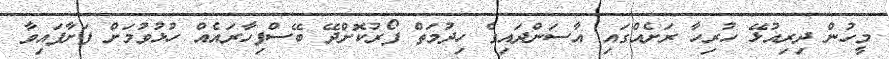
މީހުން ދިރިއުޅޭ ހުރިހާ ރަށެއްގައި އާސަންދައިގެ ހިދުމަތް ފޯރުކޮށްދޭ ބޭސްފިހާރައެއް ހުޅުވުމަށް ފަށާފައިވާ